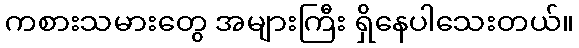
ကစားသမားတွေ အများကြီး ရှိနေပါသေးတယ်။